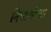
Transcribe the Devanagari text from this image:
निपाणीचा